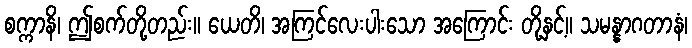
စက္ကာနိ၊ ဤစက်တို့တည်း။ ယေတိ၊ အကြင်လေးပါးသော အကြောင်း တို့နှင့်။ သမန္နာဂတာနံ၊